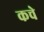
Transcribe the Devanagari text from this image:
कचे